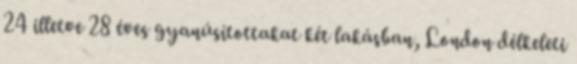
24 illetve 28 éves gyanúsítottakat két lakásban, London délkeleti